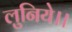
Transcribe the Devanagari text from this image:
लुनिये।।